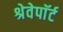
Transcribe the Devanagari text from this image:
श्रेवेपाॅर्ट